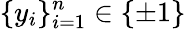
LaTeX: \{ y_{i}\} _{i=1}^{n}\in\{ \pm 1\}